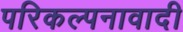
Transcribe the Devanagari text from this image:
परिकल्पनावादी